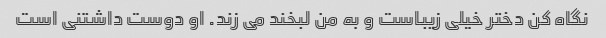
نگاه کن دختر خیلی زیباست و به من لبخند می زند. او دوست داشتنی است